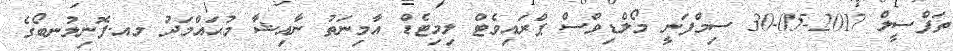
ތަފްސީލް 2017-05-30 ސިމްފަނީ މޯލްޑިވްސް ޕްރައިވެޓް ލިމިޓެޑް އާމިނަތު ނާއިޝާ މުޙައްމަދު މއ.ފޮނިލުނބޯގެ